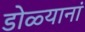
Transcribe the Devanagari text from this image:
डोळ्यानां